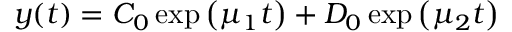
y ( t ) = C _ { 0 } \exp \left( \mu _ { 1 } t \right) + D _ { 0 } \exp \left( \mu _ { 2 } t \right)